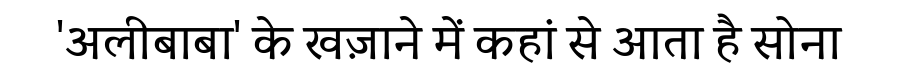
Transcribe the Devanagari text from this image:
'अलीबाबा' के खज़ाने में कहां से आता है सोना